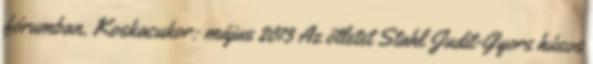
fórumban. Koskacukor: május 2013 Az ötletet Stahl Judit-Gyors húsos